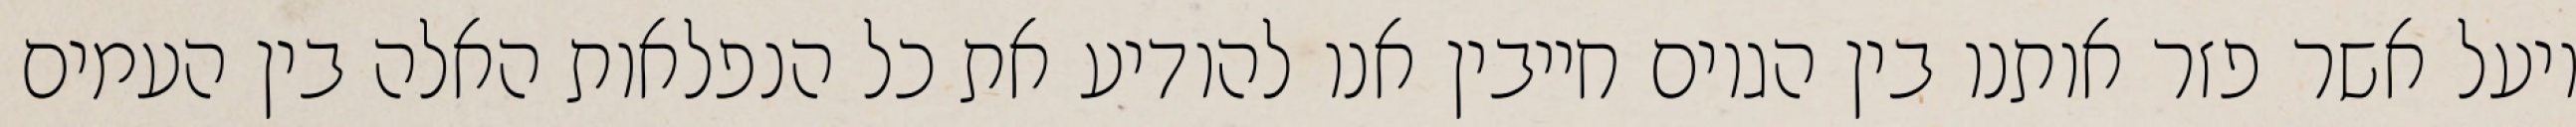
ויעל אשר פזר אותנו בין הגוים חייבין אנו להודיע את כל הנפלאות האלה בין העמים